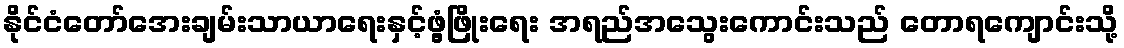
နိုင်ငံတော်အေးချမ်းသာယာရေးနှင့်ဖွံ့ဖြိုးရေး အရည်အသွေးကောင်းသည် တောရကျောင်းသို့